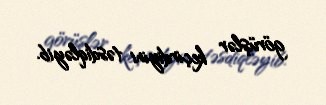
görüşlər keçirdiyini təsdiqləyib.